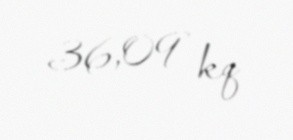
36,09 kq